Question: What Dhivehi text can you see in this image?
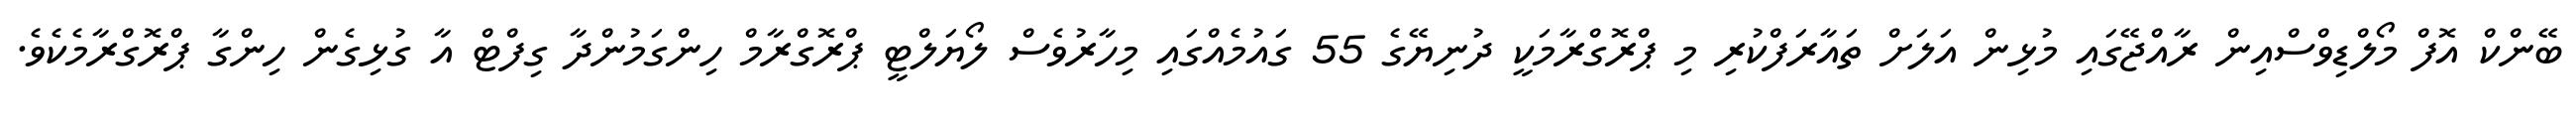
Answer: ބޭންކް އޮފް މޯލްޑިވްސްއިން ރާއްޖޭގައި މުޅިން އަލަށް ތައާރަފްކުރި މި ޕްރޮގްރާމަކީ ދުނިޔޭގެ 55 ގައުމެއްގައި މިހާރުވެސް ލޯޔަލްޓީ ޕްރޮގްރާމް ހިންގަމުންދާ ގިފްޓް އާ ގުޅިގެން ހިންގާ ޕްރޮގްރާމެކެވެ.